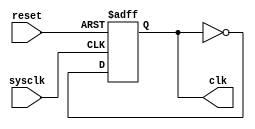
module CPU_clk (sysclk, reset, clk);
input sysclk, reset;
output reg clk;

// Frequency Divider
always @(posedge sysclk or negedge reset) begin
	if(~reset)
		clk <= 0;
	else
		clk <= ~clk;
end

endmodule